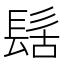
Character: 𮫀